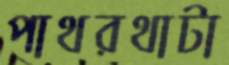
পাথরথাটা